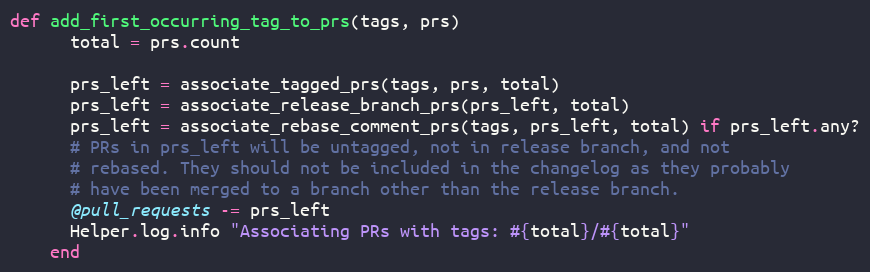
Language: Ruby
def add_first_occurring_tag_to_prs(tags, prs)
      total = prs.count

      prs_left = associate_tagged_prs(tags, prs, total)
      prs_left = associate_release_branch_prs(prs_left, total)
      prs_left = associate_rebase_comment_prs(tags, prs_left, total) if prs_left.any?
      # PRs in prs_left will be untagged, not in release branch, and not
      # rebased. They should not be included in the changelog as they probably
      # have been merged to a branch other than the release branch.
      @pull_requests -= prs_left
      Helper.log.info "Associating PRs with tags: #{total}/#{total}"
    end